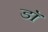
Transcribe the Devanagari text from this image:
डाॅॅ